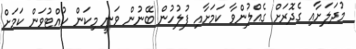
މުދަލަށާއި ގެދޮރަށް ގެއްލުންވާ ކަމަށާއި ފުލުހުން ބޭނުން ވަނީ މިކަން ހުއްޓުވަން ކަމަށް